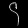
Digit: ၄